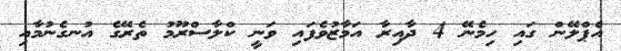
އެޕްލޭން ގައި ހިމެނޭ 4 ދާއިރާ އަމާޒުވެފައި ވަނީ ކްލާސްރޫމު ތެރޭގެ އުނގެނުމާއި